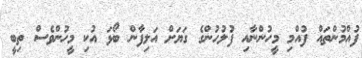
ފުއްމުންތައް ފުއްމި މީހުންނާއި ފުލުހުންގެ ގަޔަށް އަލިފާން ބޯޅަ އުކި މީހުންވެސް ތިބީ